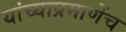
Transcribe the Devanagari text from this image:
यांच्याप्रमाणेंच